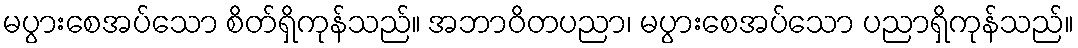
မပွားစေအပ်သော စိတ်ရှိကုန်သည်။ အဘာဝိတပညာ၊ မပွားစေအပ်သော ပညာရှိကုန်သည်။